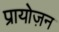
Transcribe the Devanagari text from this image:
प्रायोज़न